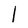
Character: l